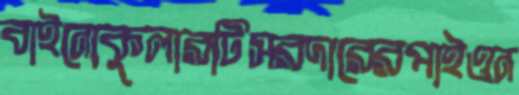
বাইনোকুলারটিসরদারেরপাইওন